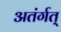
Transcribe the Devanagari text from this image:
अतंर्गत्